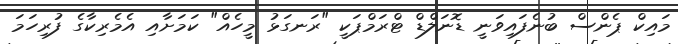
މައިކް ޕެންސް ބުނެފައިވަނީ ޑޮނަލްޑް ޓްރަމްޕަކީ "ރަނގަޅު މީހެއް" ކަމަށާއި އެމެރިކާގެ ފުރިހަމަ